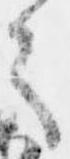
言